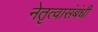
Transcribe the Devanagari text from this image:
नेतृत्वासंबंधी